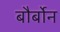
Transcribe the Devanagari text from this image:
बौर्बोन